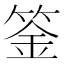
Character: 𥯀